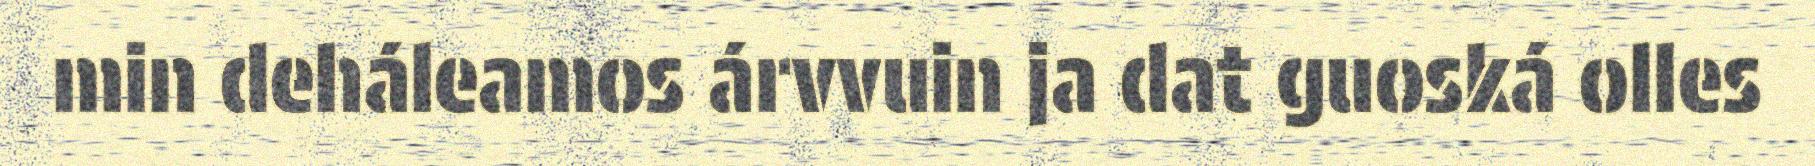
min deháleamos árvvuin ja dat guoská olles